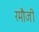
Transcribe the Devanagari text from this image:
रमौजी